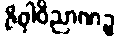
ဇိဝှါဝိညာဏဉ္စ